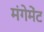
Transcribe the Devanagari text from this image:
मंगेमेंट